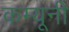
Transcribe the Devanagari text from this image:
कम्यूनी